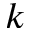
k